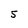
Character: 5